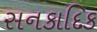
સનકાદિક